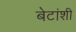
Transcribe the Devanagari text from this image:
बेटांशी